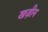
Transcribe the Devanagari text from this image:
खज़ीन